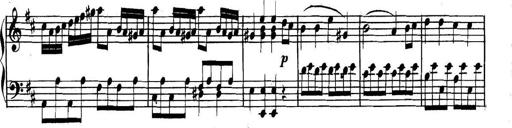
Title: Collected Piano Sonatas
Composer: Muzio Clementi